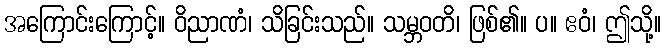
အကြောင်းကြောင့်။ ဝိညာဏံ၊ သိခြင်းသည်။ သမ္ဘဝတိ၊ ဖြစ်၏။ ပ။ ဧဝံ၊ ဤသို့။